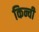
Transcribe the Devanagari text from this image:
किन्ची